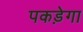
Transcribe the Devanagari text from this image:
पकड़ेगा